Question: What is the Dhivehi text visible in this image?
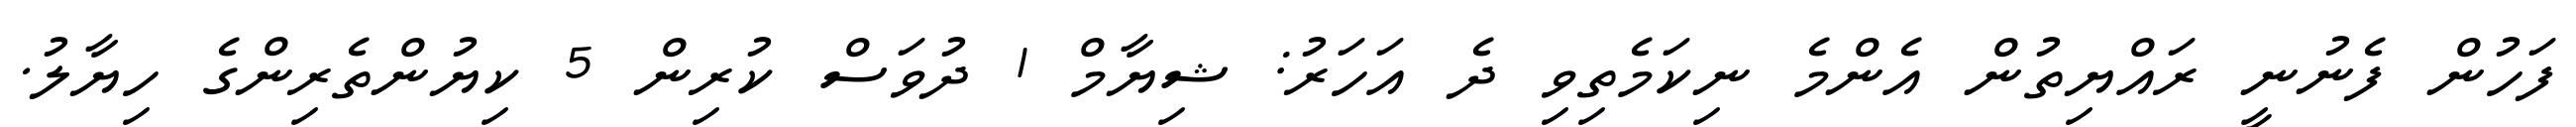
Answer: ފަހުން ފެނުނީ ރައްޔިތުން އެންމެ ނިކަމެތިވި ދެ އަހަރު: ޝިޔާމް 1 ދުވަސް ކުރިން 5 ކިޔުންތެރިންގެ ހިޔާލު.